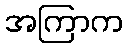
အကြာက